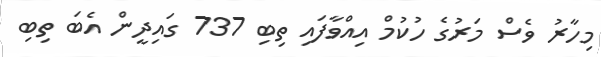
މިހާރު ވެސް މަރުގެ ހުކުމް އިއްވާފައި ތިބި 737 ގައިދީން އެބަ ތިބި